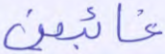
غائبين